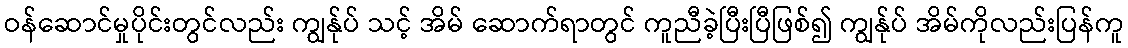
ဝန်ဆောင်မှုပိုင်းတွင်လည်း ကျွန်ုပ် သင့် အိမ် ဆောက်ရာတွင် ကူညီခဲ့ပြီးပြီဖြစ်၍ ကျွန်ုပ် အိမ်ကိုလည်းပြန်ကူ